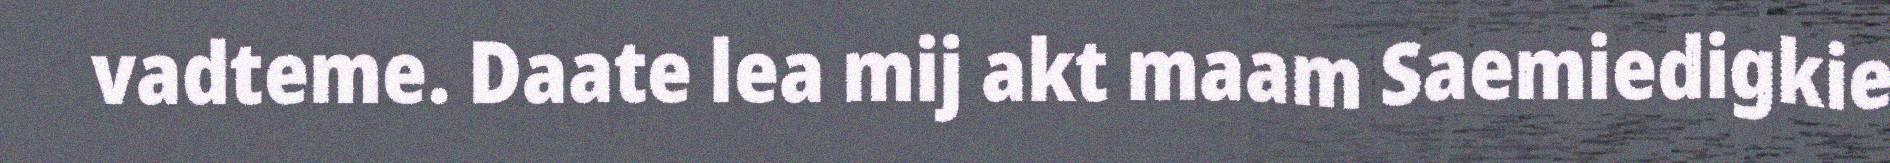
vadteme. Daate lea mij akt maam Saemiedigkie